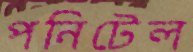
পনিটেল